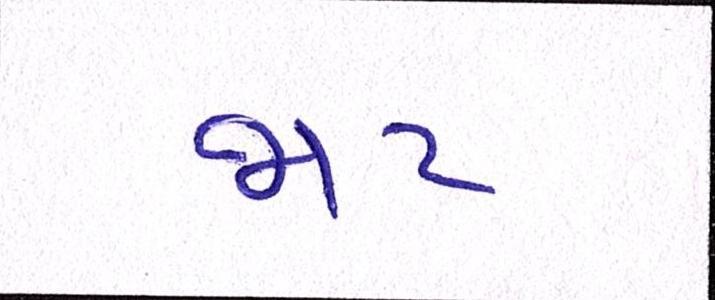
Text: જાટ